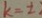
k = \pm 2